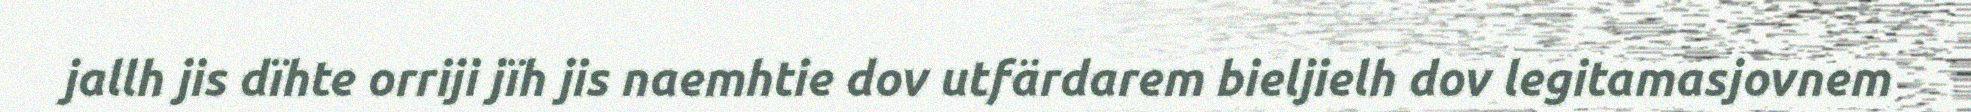
jallh jis dïhte orriji jïh jis naemhtie dov utfärdarem bieljielh dov legitamasjovnem